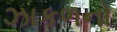
ઝાકળનો